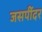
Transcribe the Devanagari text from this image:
जसपींदर